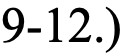
9-12.)